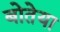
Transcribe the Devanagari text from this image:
बोतेया